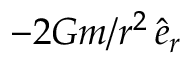
- 2 G m / r ^ { 2 } \, \hat { e } _ { r }